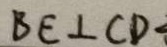
B E \bot C D